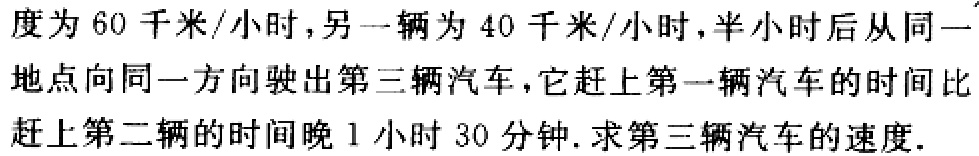
度为 60 千米/小时，另一辆为 40 千米/小时，半小时后从同一地点向同一方向驶出第三辆汽车，它赶上第一辆汽车的时间比赶上第二辆的时间晚 1 小时 30 分钟. 求第三辆汽车的速度.